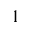
1